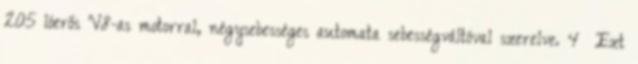
205 lóerős V8-as motorral, négysebességes automata sebességváltóval szerelve. 4 Ezt